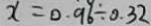
x = 0 . 9 6 \div 0 . 3 2